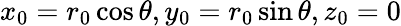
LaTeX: x_{0}=r_{0}\cos{\theta},y_{0}=r_{0}\sin{\theta},z_{0}=0